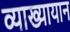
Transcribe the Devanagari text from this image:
व्याख्यायान